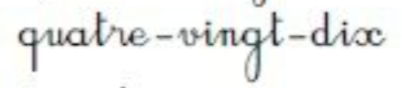
quatre-vingt-dix